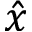
\hat { x }